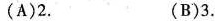
(A)2. (B)3.